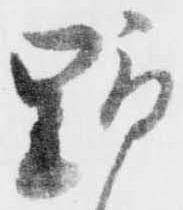
野